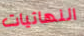
النهائيات